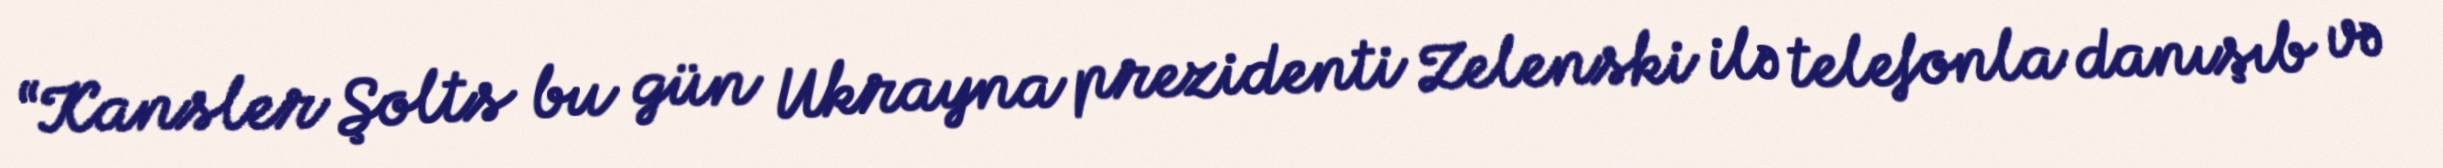
“Kansler Şolts bu gün Ukrayna prezidenti Zelenski ilə telefonla danışıb və